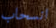
انسحاب